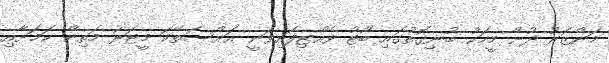
މަންޒަރު ދުށް މީހަކު ބުނިގޮތުގައި ބޯޓު ވެއްޓިފައިވަނީ އަށްސަތޭކަ މީޓަރު މަތިން ކަމަށާއި